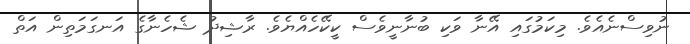
ނުވިސްނެއެވެ. މިކަމުގައި އޭނާ ވަކި ބުނާނީވެސް ކީކޭހެއްޔެވެ. ރާޝިދު ޝެހެނާގެ އަނގަމަތިން އަތް